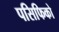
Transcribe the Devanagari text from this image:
पसिफिको